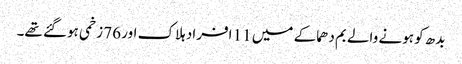
بدھ کو ہونے والے بم دھماکے میں 11 افراد ہلاک اور 76 زخمی ہوگئے تھے۔